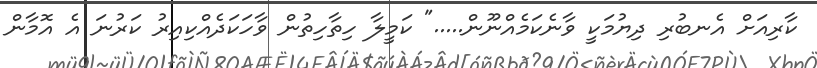
ކާރިއަށް އެނބުރި ދިޔުމަކީ ވާނެކަމެއްނޫން....." ކަމީލާ ހިތާހިތުން ވާހަކަދެއްކިއިރު ކަރުނަ އެ އޮމާން